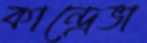
কান্দ্রেভা